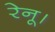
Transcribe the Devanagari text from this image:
रेनू।